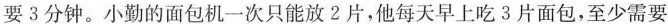
要3分钟。小勤的面包机一次只能放2片，他每天早上吃3片面包，至少需要